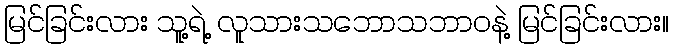
မြင်ခြင်းလား သူ့ရဲ့ လူသားသဘောသဘာဝနဲ့ မြင်ခြင်းလား။